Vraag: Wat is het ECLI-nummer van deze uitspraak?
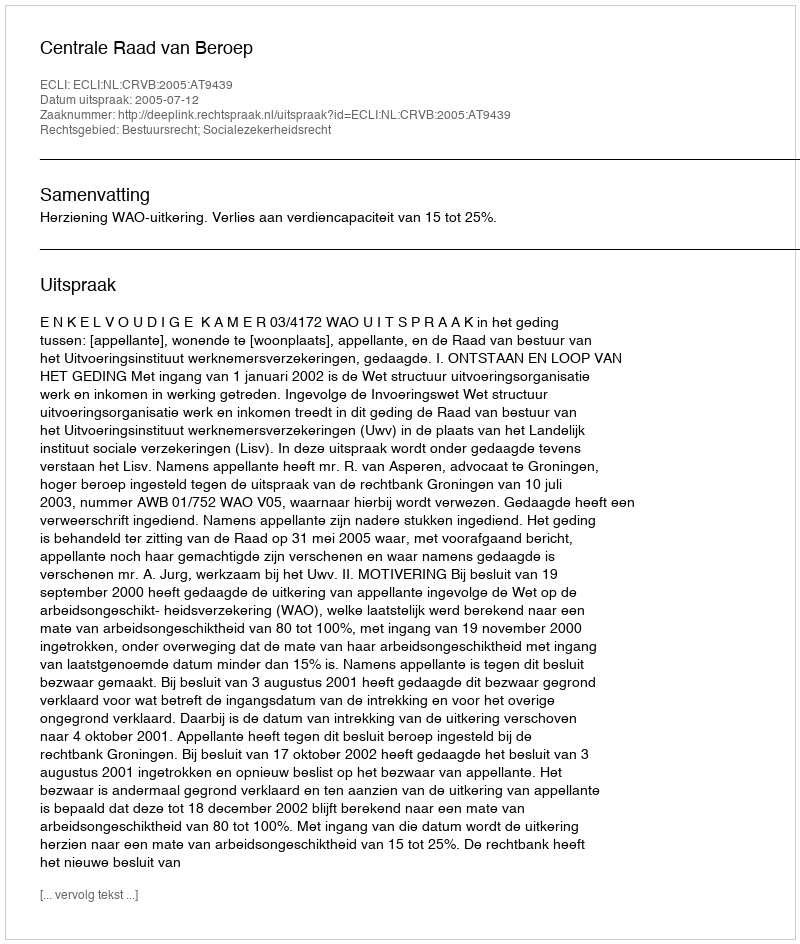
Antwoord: ECLI:NL:CRVB:2005:AT9439